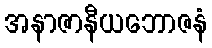
အနာဇာနီယဘောဇနံ